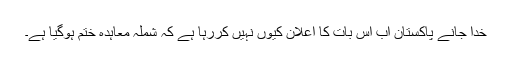
خدا جانے پاکستان اب اس بات کا اعلان کیوں نہیں کررہا ہے کہ شملہ معاہدہ ختم ہوگیا ہے۔